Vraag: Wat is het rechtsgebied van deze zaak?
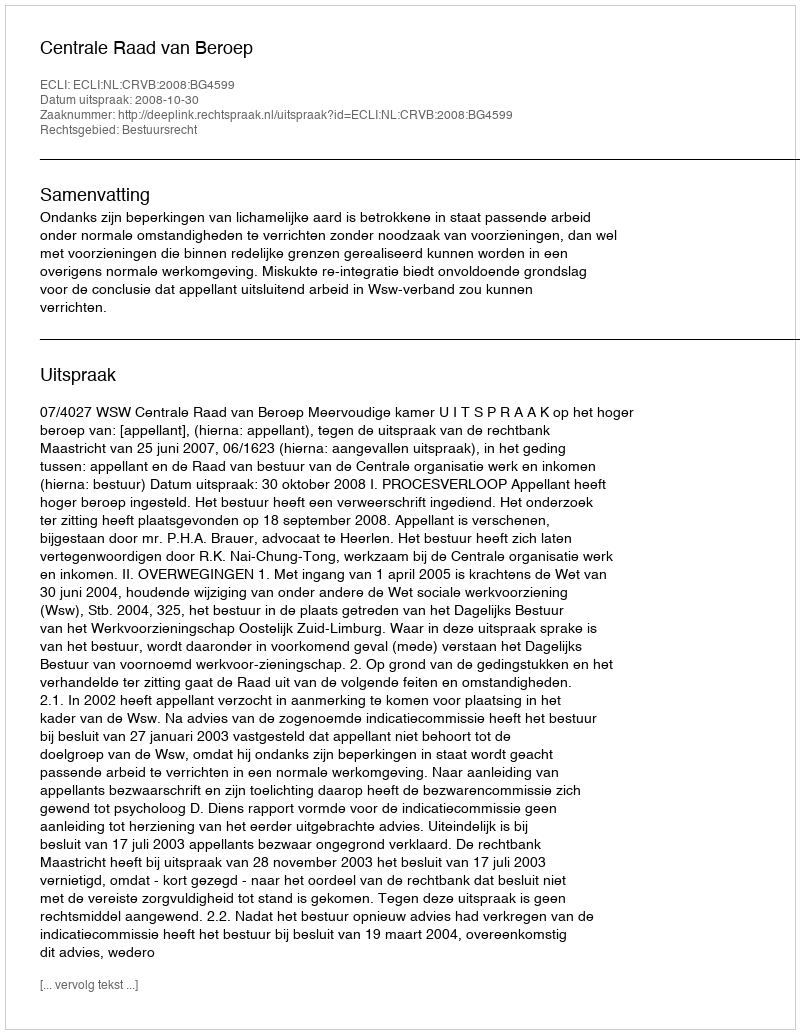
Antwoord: Bestuursrecht